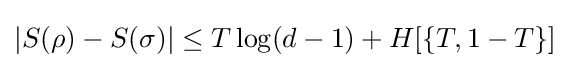
|S(\rho )-S(\sigma )|\leq T\log(d-1)+H[\{T,1-T\}]